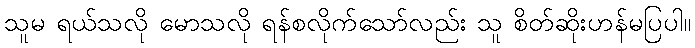
သူမ ရယ်သလို မောသလို ရန်စလိုက်သော်လည်း သူ စိတ်ဆိုးဟန်မပြပါ။